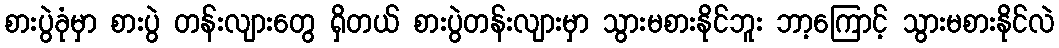
စားပွဲခုံမှာ စားပွဲ တန်းလျားတွေ ရှိတယ် စားပွဲတန်းလျားမှာ သွားမစားနိုင်ဘူး ဘာ့ကြောင့် သွားမစားနိုင်လဲ